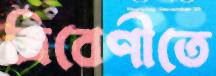
ত্রিবেণীতে